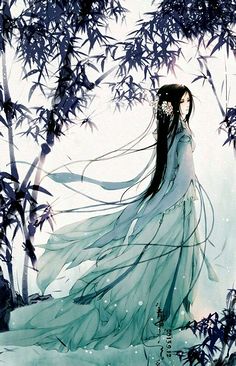
玉勒雕鞍游冶处，楼高不见章台路。